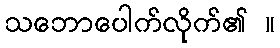
သဘောပေါက်လိုက်၏ ။